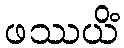
ဖဿယိံ